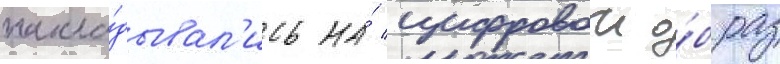
накла́дывал'ись на́ цифровои о́браз